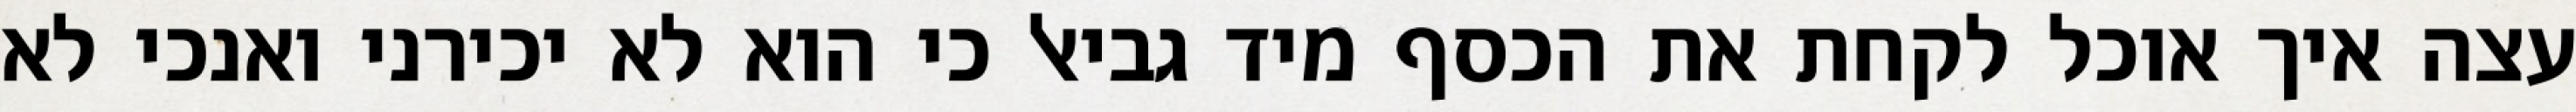
עצה איך אוכל לקחת את הכסף מיד גביאל כי הוא לא יכירני ואנכי לא